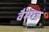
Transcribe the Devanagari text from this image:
वैमात्र